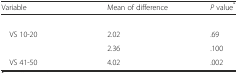
<table><thead><tr><td><b>Variable</b></td><td><b>Mean of difference</b></td><td><b><i>P</i> value<sup>*</sup></b></td></tr></thead><tbody><tr><td>[EMPTY_CELL]</td><td>[EMPTY_CELL]</td><td>[EMPTY_CELL]</td></tr><tr><td> VS 10-20</td><td>2.02</td><td>.69</td></tr><tr><td>[EMPTY_CELL]</td><td>2.36</td><td>.100</td></tr><tr><td> VS 41-50</td><td>4.02</td><td>.002</td></tr></tbody></table>